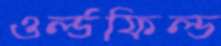
ওর্ল্ডফিল্ড